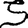
Digit: 5